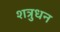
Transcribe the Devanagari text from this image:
शत्रुधन